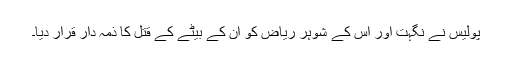
پولیس نے نگہت اور اس کے شوہر ریاض کو ان کے بیٹے کے قتل کا ذمہ دار قرار دیا۔